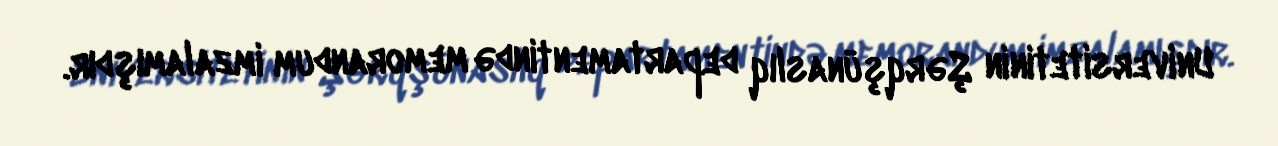
Universitetinin Şərqşünaslıq departamentində memorandum imzalamışdır.